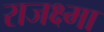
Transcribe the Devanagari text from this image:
राजक्ष्मा